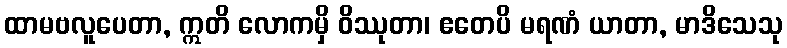
ထာမဗလူပေတာ, ဣတိ လောကမှိ ဝိဿုတာ၊ ဧတေပိ မရဏံ ယာတာ, မာဒိသေသု